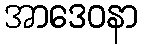
အာဒေဝနာ